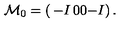
{ \cal M } _ { 0 } = \left( \begin{matrix} { - I } & { 0 } \\ { 0 } & { - I } \\ \end{matrix} \right) .